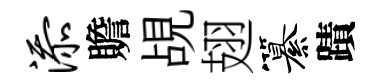
添贍覘翅纂蹟